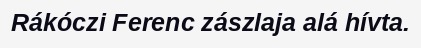
Rákóczi Ferenc zászlaja alá hívta.